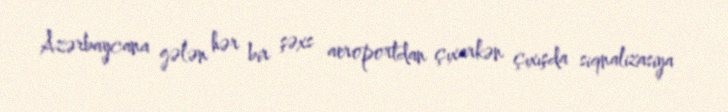
Azərbaycana gələn hər bir şəxs aeroportdan çıxarkən çıxışda siqnalizasiya